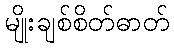
မျိုးချစ်စိတ်ဓာတ်